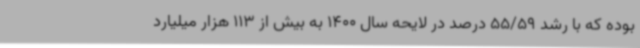
بوده که با رشد 55/59 درصد در لایحه سال 1400 به بیش از 113 هزار میلیارد